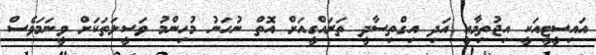
އައިސީޓީއަކީ އިޖުތިމާއީ އަދި އިގްތިސާދީ ތަރައްގީއަށް އޮތް ނުހަނު މުހިންމު ވަސީލަތަކަށް ވީނަމަވެސް